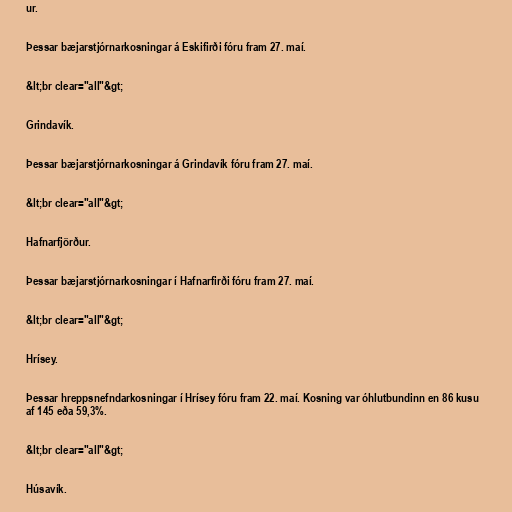
ur.

Þessar bæjarstjórnarkosningar á Eskifirði fóru fram 27. maí.

&lt;br clear="all"&gt;

Grindavík.

Þessar bæjarstjórnarkosningar á Grindavík fóru fram 27. maí.

&lt;br clear="all"&gt;

Hafnarfjörður.

Þessar bæjarstjórnarkosningar í Hafnarfirði fóru fram 27. maí.

&lt;br clear="all"&gt;

Hrísey.

Þessar hreppsnefndarkosningar í Hrísey fóru fram 22. maí. Kosning var óhlutbundinn en 86 kusu
af 145 eða 59,3%.

&lt;br clear="all"&gt;

Húsavík.